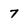
Character: 7